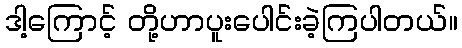
ဒါ့ကြောင့် တို့ဟာပူးပေါင်းခဲ့ကြပါတယ်။